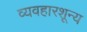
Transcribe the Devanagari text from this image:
व्यवहारशून्य